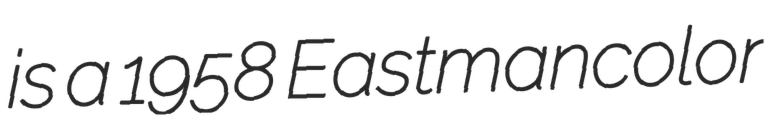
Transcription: is a 1958 Eastmancolor